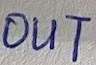
Text: OUT